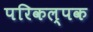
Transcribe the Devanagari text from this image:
परिकल्पक